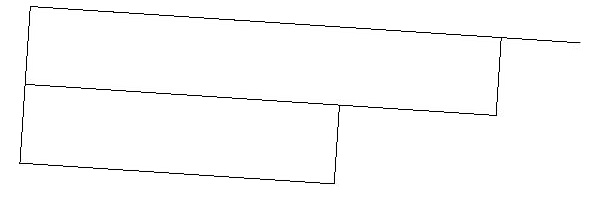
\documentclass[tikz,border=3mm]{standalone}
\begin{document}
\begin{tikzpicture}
\draw (1,12) rectangle (5,13);
\draw (8,14) rectangle (5,14);
\draw (1,13) rectangle (7,14);
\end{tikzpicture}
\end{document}